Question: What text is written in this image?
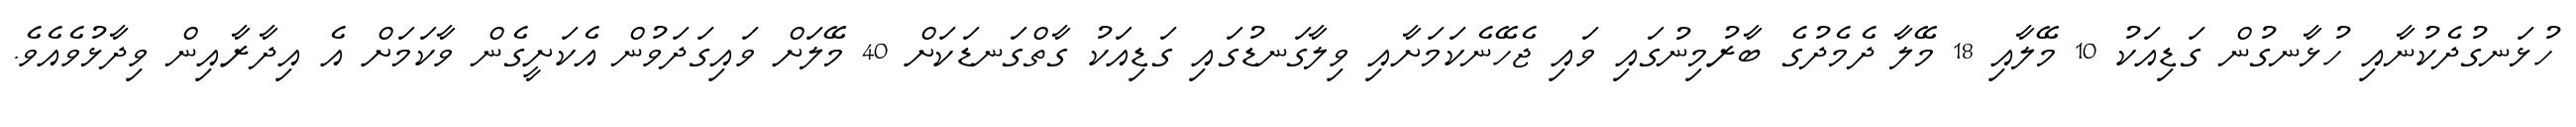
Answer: ހުޅަނގުދެކުނާއި ހުޅާނގުން ގަޑިއަކު 10 މޭލާއި 18 މޭލާ ދެމެދުގެ ބާރުމިނުގައި ވައި ޖެހޭނެކަމަށާއި ވިލާގަނޑުގައި ގަޑިއަކު ގާތްގަނޑަކަށް 40 މޭލަށް ވައިގަދަވުން އެކަށީގެން ވާކަމަށް އެ އިދާރާއިން ވިދާޅުވެއެވެ.